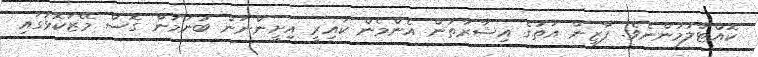
ކޮއްޓާލުމުންނެވެ. ފާޒިން އަތުގެ އިޝާރާތުން އެންމެން ކައިރީ އިށީންނަން ބުނަމުން ގޮސް މޭޒުކޮޅުގައި